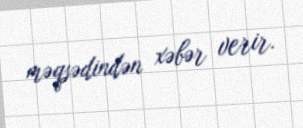
məqsədindən xəbər verir.